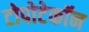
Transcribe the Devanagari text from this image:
टोपोटेकॉन